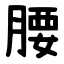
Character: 腰